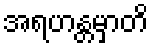
အရဟန္တမှာတိ